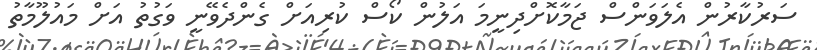
ސަރުކާރުން އެލަވަންސް ޖަމާކޮށްދިނީމަ އަލުން ކޯސް ކުރިއަށް ގެންދެވޭނީ ވަގުތު އަށް މައުލޫމާތު